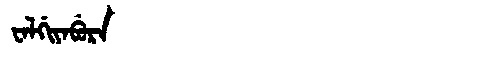
Manchu: ᠸᠠᠯᡤᡳᠶᠠᠪᡠᡵᠠ
Romanization: WALGIYABURA